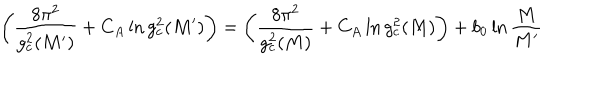
LaTeX: \left( \frac { 8 \pi ^ { 2 } } { g _ { c } ^ { 2 } ( M ^ { \prime } ) } + C _ { A } \ln g _ { c } ^ { 2 } ( M ^ { \prime } ) \right) = \left( \frac { 8 \pi ^ { 2 } } { g _ { c } ^ { 2 } ( M ) } + C _ { A } \ln g _ { c } ^ { 2 } ( M ) \right) + b _ { 0 } \ln \frac { M } { M ^ { \prime } }